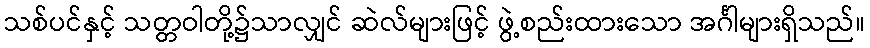
သစ်ပင်နှင့် သတ္တဝါတို့၌သာလျှင် ဆဲလ်များဖြင့် ဖွဲ့စည်းထားသော အင်္ဂါများရှိသည်။